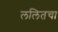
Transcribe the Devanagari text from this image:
ललितचा